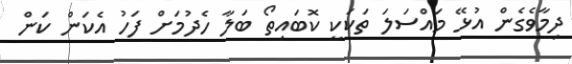
ދިމާވެގެން އުޅޭ މައްސަލަ ތަކަކީ ކޮބައިތޯ ބަލާ ހެދުމަށް ފަހު އެކަން ކަން